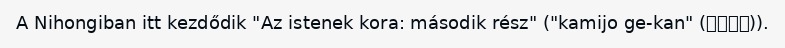
A Nihongiban itt kezdődik "Az istenek kora: második rész" ("kamijo ge-kan" (神代下巻)).